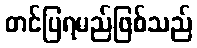
တင်ပြရမည်ဖြစ်သည်